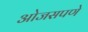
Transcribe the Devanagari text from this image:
ओजसपणे